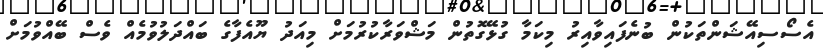
އެސޯސިއޭޝަންތަކުން ބުނެފައިވާއިރު މިކަމާ ގުޅޭގޮތުން މަޝްވަރާކުރުމަށް މިއަދު ޔޫއެފާގެ ބައްދަލުވުމެއް ވެސް ބޭއްވުމަށް